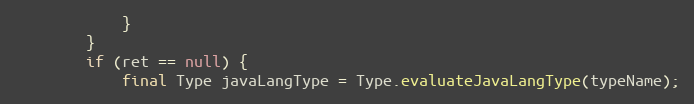
Language: Java
			}
		}
		if (ret == null) {
			final Type javaLangType = Type.evaluateJavaLangType(typeName);